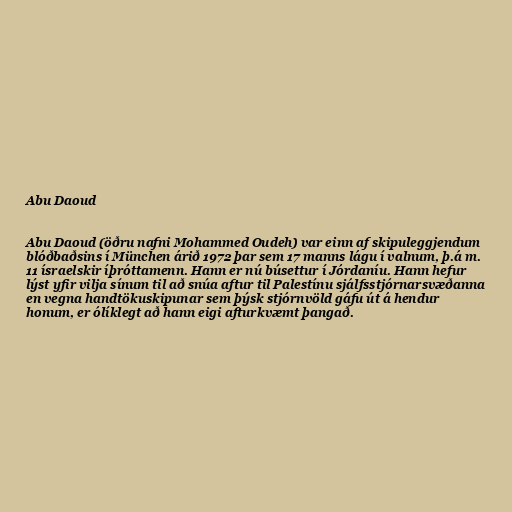
Abu Daoud

Abu Daoud (öðru nafni Mohammed Oudeh) var einn af skipuleggjendum
blóðbaðsins í München árið 1972 þar sem 17 manns lágu í valnum, þ.á m.
11 ísraelskir íþróttamenn. Hann er nú búsettur í Jórdaníu. Hann hefur
lýst yfir vilja sínum til að snúa aftur til Palestínu sjálfsstjórnarsvæðanna
en vegna handtökuskipunar sem þýsk stjórnvöld gáfu út á hendur
honum, er ólíklegt að hann eigi afturkvæmt þangað.